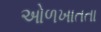
ઓળખાતતા